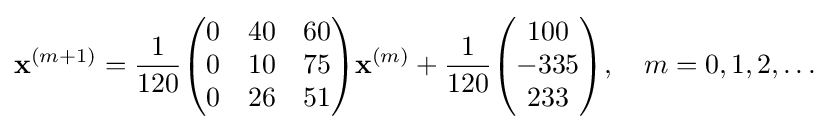
\mathbf {x} ^{(m+1)}={\frac {1}{120}}{\begin{pmatrix}0&40&60\\0&10&75\\0&26&51\end{pmatrix}}\mathbf {x} ^{(m)}+{\frac {1}{120}}{\begin{pmatrix}100\\-335\\233\end{pmatrix}},\quad m=0,1,2,\ldots